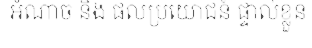
អំណាច និង ផលប្រយោជន៍ ផ្ទាល់ខ្លួន